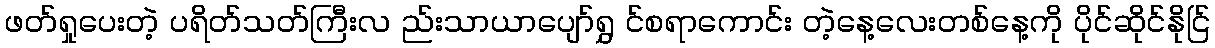
ဖတ်ရှုပေးတဲ့ ပရိတ်သတ်ကြီးလ ည်းသာယာပျော်ရွှ င်စရာကောင်း တဲ့နေ့လေးတစ်နေ့ကို ပိုင်ဆိုင်နိုင်ြ